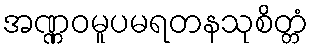
အဏ္ဏဝမူပမရတနသုစိတ္တံ